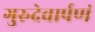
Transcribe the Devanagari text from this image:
गुरुदेवार्पणं